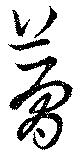
夢